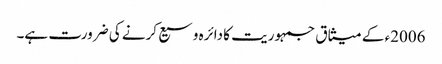
2006ء کے میثاق جمہوریت کا دائرہ وسیع کرنے کی ضرورت ہے۔